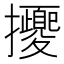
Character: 𢺕